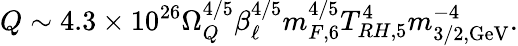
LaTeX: Q\sim 4.3\times 10^{26}\Omega_{Q}^{4/5}\beta_{\ell}^{4/5}m_{F,6}^{4/5}T_{RH,5}^{4}m_{3/2,\mathrm{GeV}}^{-4}.